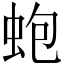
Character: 蚫